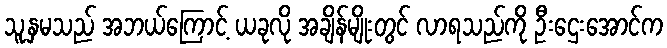
သူ့နှမသည် အဘယ်ကြောင့် ယခုလို အချိန်မျိုးတွင် လာရသည်ကို ဦးဌေးအောင်က